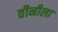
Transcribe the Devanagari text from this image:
वीनीला